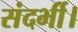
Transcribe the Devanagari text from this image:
संदर्भी।